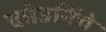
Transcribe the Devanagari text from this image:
कोउर्निचे